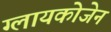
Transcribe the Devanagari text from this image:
ग्लायकोजेन